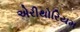
એરીથોરિયમ